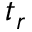
t _ { r }